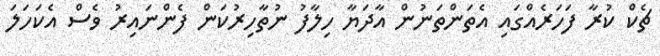
ޗެކް ކުރާ ފަހަރެއްގައި އެތަންތަނުން އާދަޔާ ހިލާފު ނުތާހިރުކަން ފެންނައިރު ވެސް އެކަހަލަ